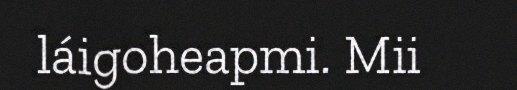
láigoheapmi. Mii